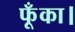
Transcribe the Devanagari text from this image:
फूँका।